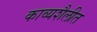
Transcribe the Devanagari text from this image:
काव्यशैलीत